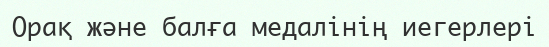
Орақ және балға медалінің иегерлері